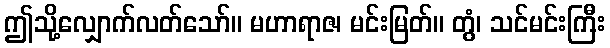
ဤသို့လျှောက်လတ်သော်။ မဟာရာဇ၊ မင်းမြတ်။ တွံ၊ သင်မင်းကြီး